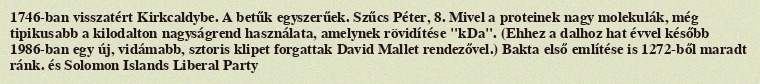
1746-ban visszatért Kirkcaldybe. A betűk egyszerűek. Szűcs Péter, 8. Mivel a proteinek nagy molekulák, még tipikusabb a kilodalton nagyságrend használata, amelynek rövidítése "kDa". (Ehhez a dalhoz hat évvel később 1986-ban egy új, vidámabb, sztoris klipet forgattak David Mallet rendezővel.) Bakta első említése is 1272-ből maradt ránk. és Solomon Islands Liberal Party